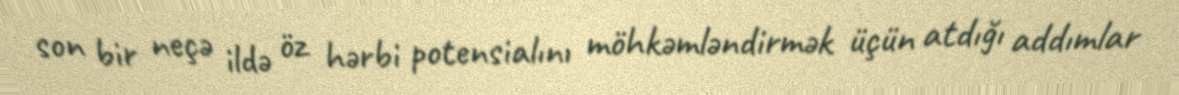
son bir neçə ildə öz hərbi potensialını möhkəmləndirmək üçün atdığı addımlar